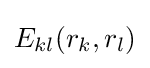
E_{kl}(r_{k},r_{l})